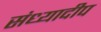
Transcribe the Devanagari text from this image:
संध्यादीप